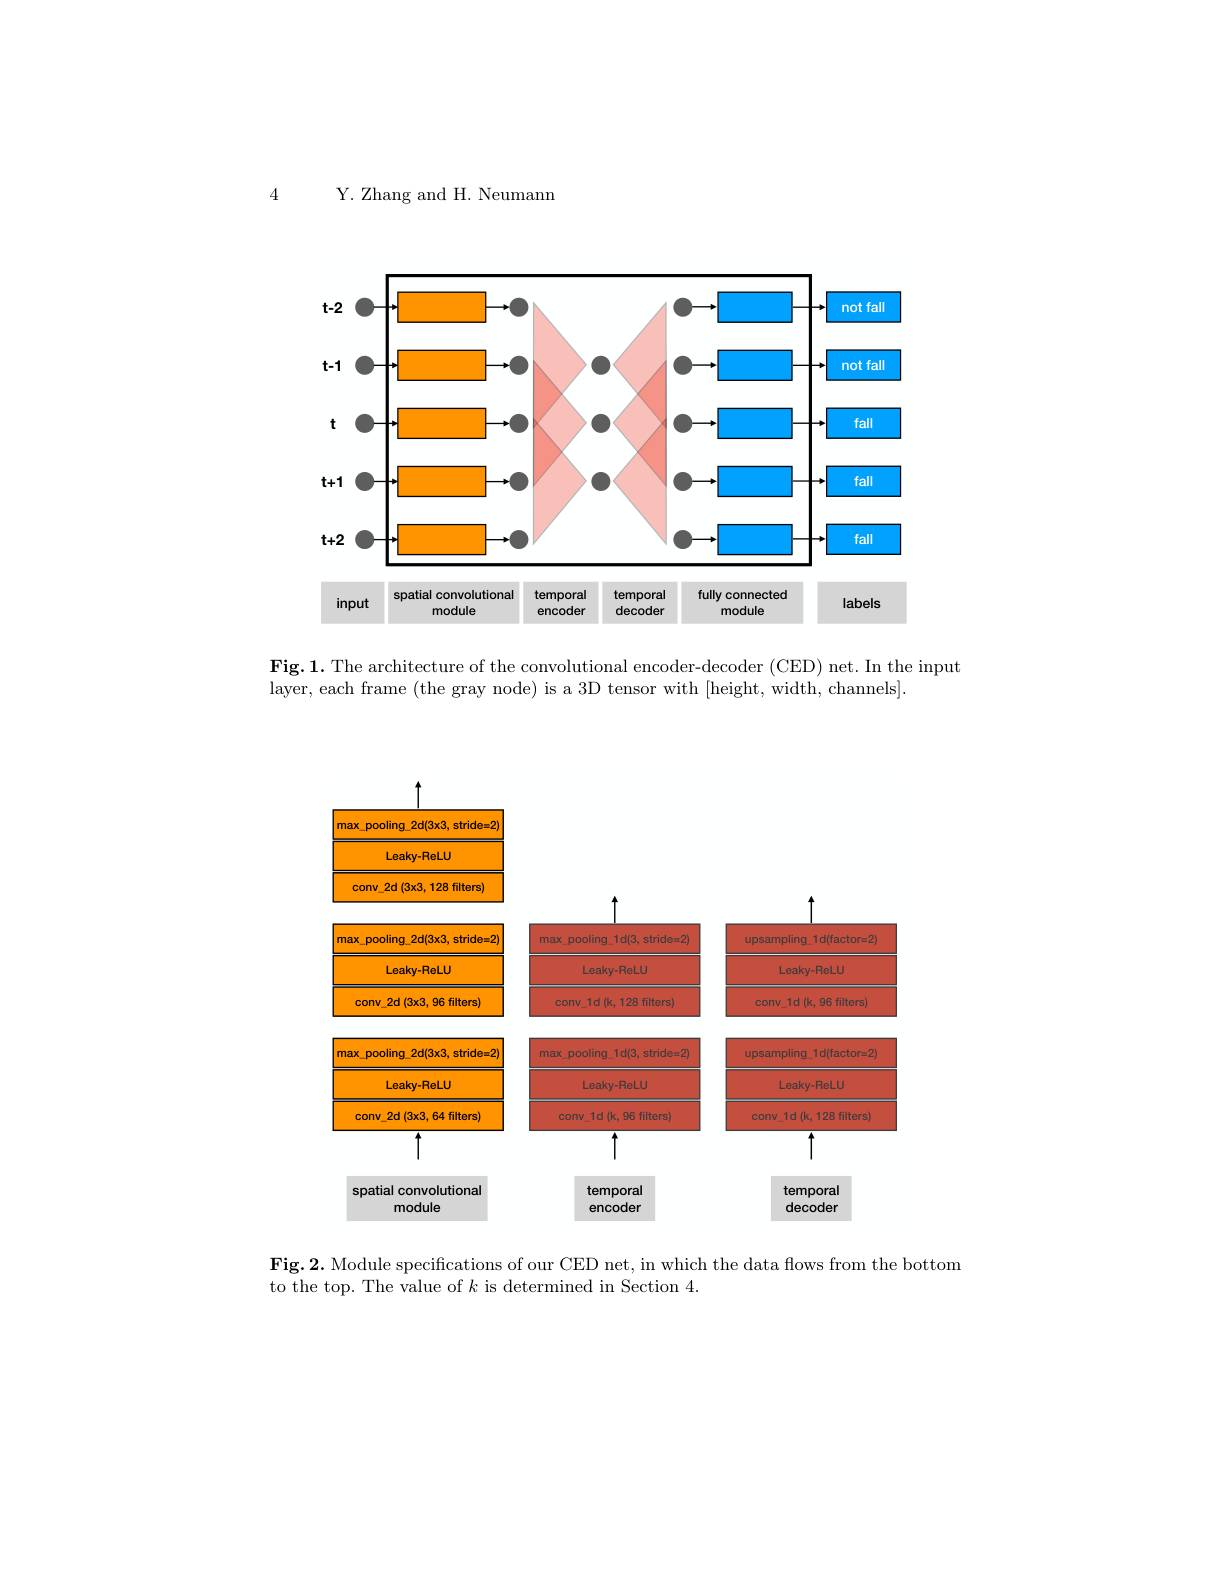
4 Y. Zhang and H. Neumann

<FigureHere>

$\mathbf{Fig.1.~The~architecture~of~the~convolutional~encoder-decoder~(CED)~net.~In~the~input}$
layer, each frame (the gray node) is a 3D tensor with [height, width, channels].

<FigureHere>

$\mathbf{Fig.2.~Module~specifications~of~our~CED~net,~in~which~the~data~flows~from~the~bottom}$
to the top. The value of $k$ is determined in Section 4.